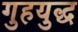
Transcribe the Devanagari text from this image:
गुहयुद्ध